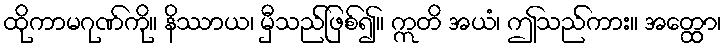
ထိုကာမဂုဏ်ကို။ နိဿာယ၊ မှီသည်ဖြစ်၍။ ဣတိ အယံ၊ ဤသည်ကား။ အတ္ထော၊